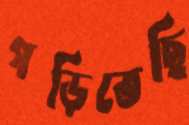
গড়িতেছি